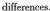
differences.